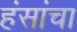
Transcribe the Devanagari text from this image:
हंसांचा